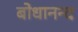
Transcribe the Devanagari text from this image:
बोधानन्द